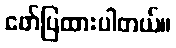
ဖော်ပြထားပါတယ်။